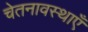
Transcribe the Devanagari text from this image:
चेतनावस्थाएँ